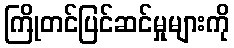
ကြိုတင်ပြင်ဆင်မှုများကို